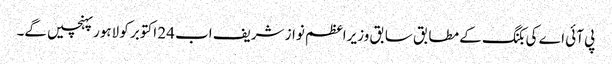
پی آئی اے کی بکنگ کے مطابق سابق وزیراعظم نواز شریف اب 24 اکتوبر کو لاہور پہنچیں گے۔